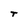
Character: T